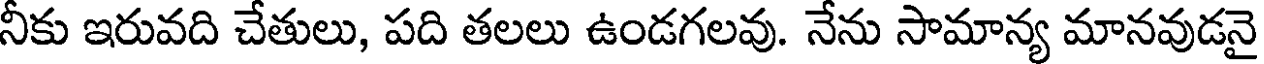
నీకు ఇరువది చేతులు, పది తలలు ఉండగలవు. నేను సామాన్య మానవుడనై